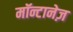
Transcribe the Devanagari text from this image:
मॉन्टानेज़